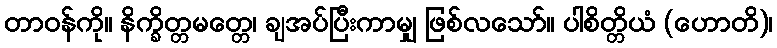
တာဝန်ကို။ နိက္ခိတ္တမတ္တေ၊ ချအပ်ပြီးကာမျှ ဖြစ်လသော်။ ပါစိတ္တိယံ (ဟောတိ)၊